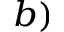
^ { b ) }